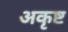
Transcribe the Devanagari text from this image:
अकृष्ट